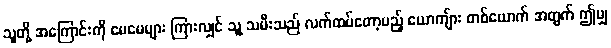
သူတို့ အကြောင်းကို မေမေများ ကြားလျှင် သူ့ သမီးသည် လက်ထပ်တော့မည့် ယောကျ်ား တစ်ယောက် အတွက် ဤမျှ